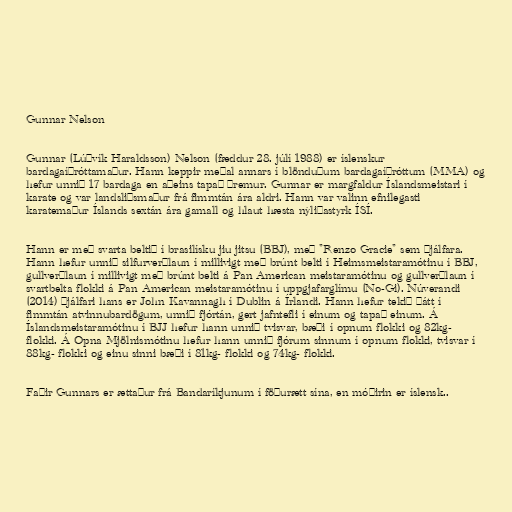
Gunnar Nelson

Gunnar (Lúðvík Haraldsson) Nelson (fæddur 28. júlí 1988) er íslenskur
bardagaíþróttamaður. Hann keppir meðal annars í blönduðum bardagaíþróttum (MMA) og
hefur unnið 17 bardaga en aðeins tapað þremur. Gunnar er margfaldur Íslandsmeistari í
karate og var landsliðsmaður frá fimmtán ára aldri. Hann var valinn efnilegasti
karatemaður Íslands sextán ára gamall og hlaut hæsta nýliðastyrk ÍSÍ.

Hann er með svarta beltið í brasilísku jiu jitsu (BBJ), með "Renzo Gracie" sem þjálfara.
Hann hefur unnið silfurverðlaun í millivigt með brúnt belti í Heimsmeistaramótinu í BBJ,
gullverðlaun í millivigt með brúnt belti á Pan American meistaramótinu og gullverðlaun í
svartbelta flokki á Pan American meistaramótinu í uppgjafarglímu (No-Gi). Núverandi
(2014) þjálfari hans er John Kavannagh í Dublin á Írlandi. Hann hefur tekið þátt í
fimmtán atvinnubardögum, unnið fjórtán, gert jafntefli í einum og tapað einum. Á
Íslandsmeistaramótinu í BJJ hefur hann unnið tvisvar, bæði í opnum flokki og 82kg-
flokki. Á Opna Mjölnismótinu hefur hann unnið fjórum sinnum í opnum flokki, tvisvar í
88kg- flokki og einu sinni bæði í 81kg- flokki og 74kg- flokki.

Faðir Gunnars er ættaður frá Bandaríkjunum í föðurætt sína, en móðirin er íslensk..